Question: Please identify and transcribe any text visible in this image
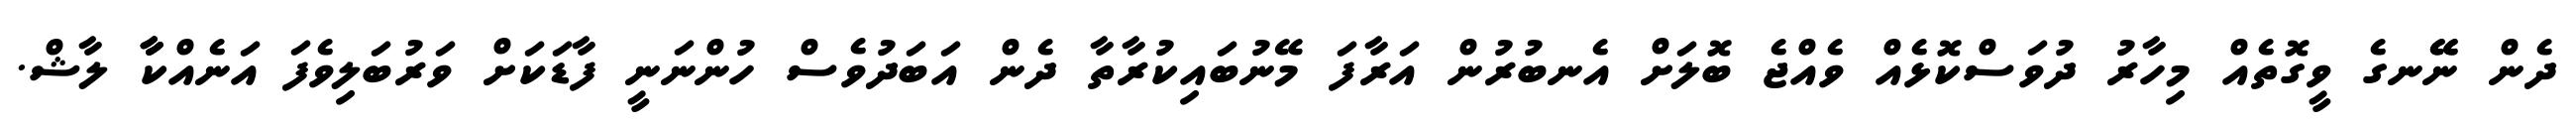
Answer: ދެން ނޭޭނގެ ވީގޮތެއް މިހާރު ދުވަސްކޮޅެއް ވެއްޖެ ބޮލަށް އެނބުރުން އަރާފަ މޭނުބައިކުރާތާ ދެން އަބަދުވެސް ހުންނަނީ ފާޑަކަށް ވަރުބަލިވެފަ އަނެއްކާާ ލާޝް.